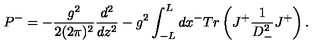
P ^ { - } = - { \frac { g ^ { 2 } } { 2 ( 2 \pi ) ^ { 2 } } } { \frac { d ^ { 2 } } { d z ^ { 2 } } } - g ^ { 2 } \int _ { - L } ^ { L } d x ^ { - } T r \left( J ^ { + } { \frac { 1 } { D _ { - } ^ { 2 } } } J ^ { + } \right) .